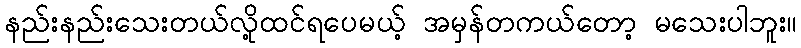
နည်းနည်းသေးတယ်လို့ထင်ရပေမယ့် အမှန်တကယ်တော့ မသေးပါဘူး။